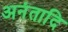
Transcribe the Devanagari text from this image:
अनंतादि